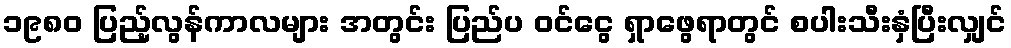
၁၉၈၀ ပြည့်လွန်ကာလများ အတွင်း ပြည်ပ ဝင်ငွေ ရှာဖွေရာတွင် စပါးသီးနှံပြီးလျှင်